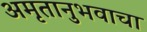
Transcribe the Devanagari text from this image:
अमृतानुभवाचा